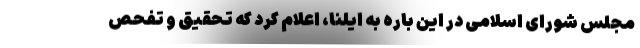
مجلس شورای اسلامی در این باره به ایلنا، اعلام کرد که‌ تحقیق و تفحص